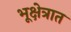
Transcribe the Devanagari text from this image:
भूक्षेत्रात